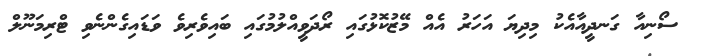
ސޯނިއާ ގަނދީއާއެކު މިދިޔަ އަހަރު އެއް މޭޒުކޮޅުގައި ރޯދަވީއްލުމުގައި ބައިވެރިވެ ވަޑައިގެންނެވި ޓްރިމަނޫލް